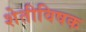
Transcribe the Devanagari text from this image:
शेतीविषक